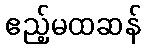
ဧည့်မထဆန်